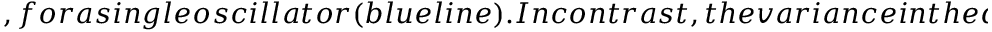
, f o r a s i n g l e o s c i l l a t o r ( b l u e l i n e ) . I n c o n t r a s t , t h e v a r i a n c e i n t h e d i f f e r e n c e o f t h e a c c u m u l a t e d p h a s e s o f a p a i r o f s y n c h r o n i z e d o s c i l l a t o r s s a t u r a t e s q u i c k l y d e m o n s t r a t i n g t h a t t h e i n t e r a c t i o n s a r e s t r o n g e n o u g h t o s u p p r e s s p h a s e d i f f u s i o n i n t h e s y n c h r o n i z i n g p a i r . T h e s t e a d y - s t a t e P D F o f